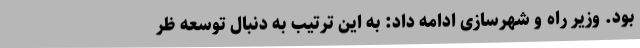
بود. وزیر راه و شهرسازی ادامه داد: به این ترتیب به دنبال توسعه ظر